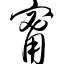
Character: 甯